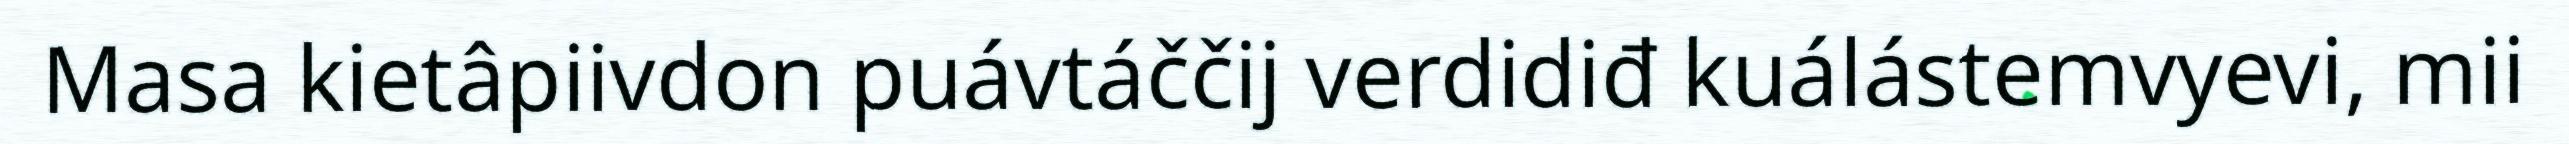
Masa kietâpiivdon puávtáččij verdidiđ kuálástemvyevi, mii